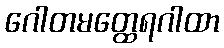
ဂေါတမတ္ထေရဂါထာ